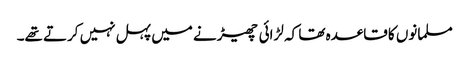
مسلمانوں کا قاعدہ تھا کہ لڑائی چھیڑنے میں پہل نہیں کرتے تھے۔